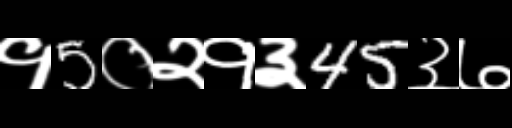
Text: १5०२१३45३७